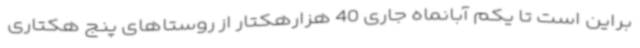
براین است تا یکم آبانماه جاری 40 هزارهکتار از روستاهای پنج هکتاری